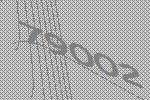
79002